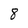
Character: 8